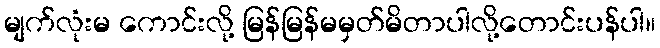
မျက်လုံးမ ကောင်းလို့ မြန်မြန်မမှတ်မိတာပါလို့တောင်းပန်ပါ။